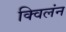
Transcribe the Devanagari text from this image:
क्विलंन